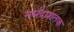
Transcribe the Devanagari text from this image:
नर्मदाशतक